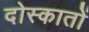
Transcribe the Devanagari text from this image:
दोस्कातों